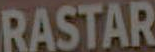
RASTAR